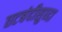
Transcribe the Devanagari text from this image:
तटबंदीसुध्दा